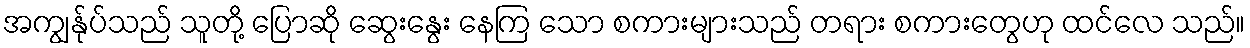
အကျွန်ုပ်သည် သူတို့ ပြောဆို ဆွေးနွေး နေကြ သော စကားများသည် တရား စကားတွေဟု ထင်လေ သည်။